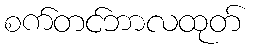
စက်တင်ဘာလထုတ်